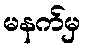
မနက်မှ